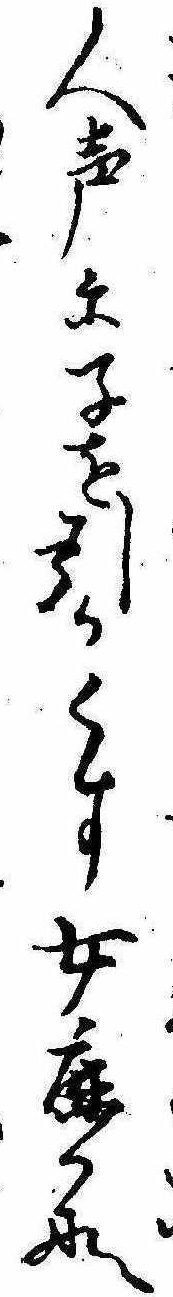
人声に子を引かくす女鹿かな